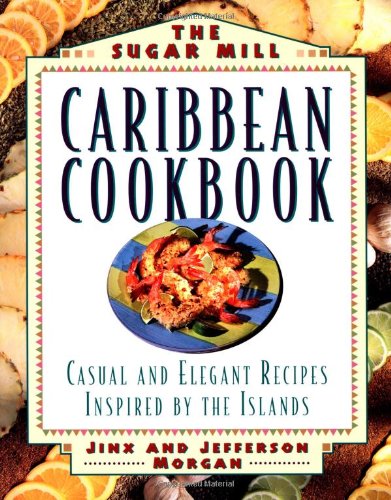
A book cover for The Sugar Mill Caribbean Cookbook: Casual and Elegant Recipes Inspired by the Islands; Jinx Morgan; Cookbooks, Food & Wine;